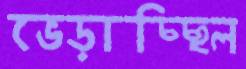
ভেড়াচ্ছিল